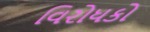
વિરોધકો